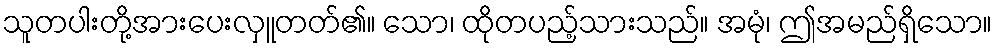
သူတပါးတို့အားပေးလှူတတ်၏။ သော၊ ထိုတပည့်သားသည်။ အမုံ၊ ဤအမည်ရှိသော။